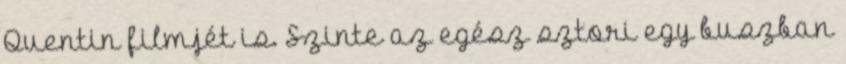
Quentin filmjét is. Szinte az egész sztori egy buszban